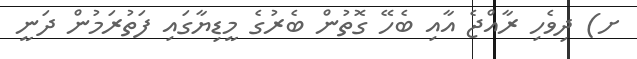
ށ) ދިވެހި ރާއްޖެ އާއި ބެހޭ ގޮތުން ބެރުގެ މީޑިޔާގައި ފަތުރަމުން ދަނީ